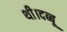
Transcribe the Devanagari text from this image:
थी।दब्बू